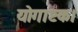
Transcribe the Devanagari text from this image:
योगाष्टक।